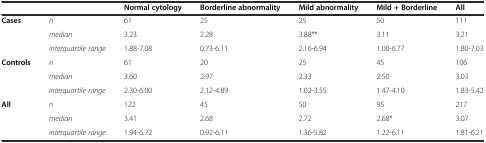
|  |  | Normal cytology | Borderline abnormality | Mild abnormality | Mild + Borderline | All |
 | --- | --- | --- | --- | --- | --- | --- |
 | <ROWSPAN=3> Cases | n | 61 | 25 | 25 | 50 | 111 |
 | median | 3.23 | 2.28 | 3.88** | 3.11 | 3.21 |
 | interquartile range | 1.88-7.08 | 0.73-6.11 | 2.16-6.94 | 1.00-6.77 | 1.80-7.03 |
 | <ROWSPAN=3> Controls | n | 61 | 20 | 25 | 45 | 106 |
 | median | 3.60 | 2.97 | 2.33 | 2.50 | 3.03 |
 | interquartile range | 2.30-6.00 | 2.12-4.89 | 1.02-3.55 | 1.47-4.10 | 1.83-5.42 |
 | <ROWSPAN=3> All | n | 122 | 45 | 50 | 95 | 217 |
 | median | 3.41 | 2.68 | 2.72 | 2.68* | 3.07 |
 | interquartile range | 1.94-6.72 | 0.92-6.11 | 1.36-5.82 | 1.22-6.11 | 1.81-6.21 |